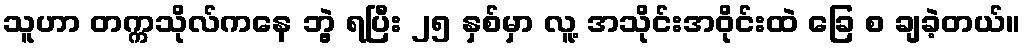
သူဟာ တက္ကသိုလ်ကနေ ဘွဲ့ ရပြီး ၂၅ နှစ်မှာ လူ့ အသိုင်းအဝိုင်းထဲ ခြေ စ ချခဲ့တယ်။